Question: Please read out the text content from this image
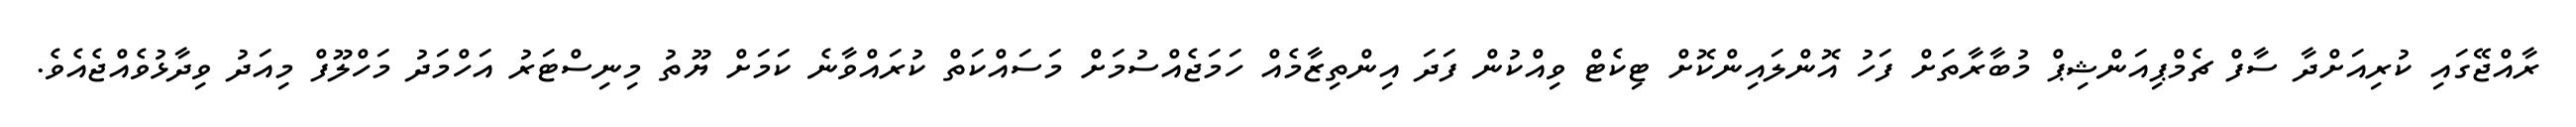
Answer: ރާއްޖޭގައި ކުރިއަށްދާ ސާފް ޗެމްޕިއަންޝިޕް މުބާރާތަށް ފަހު އޮންލައިންކޮށް ޓިކެޓް ވިއްކުން ފަދަ އިންތިޒާމެއް ހަމަޖެއްސުމަށް މަސައްކަތް ކުރައްވާނެ ކަމަށް ޔޫތު މިނިސްޓަރު އަހްމަދު މަހްލޫފް މިއަދު ވިދާޅުވެއްޖެއެވެ.